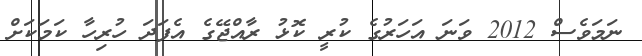
ނަމަވެސް 2012 ވަނަ އަހަރުގެ ކުރީ ކޮޅު ރާއްޖޭގެ އެފަދަ ހުރިހާ ކަމަކަށް